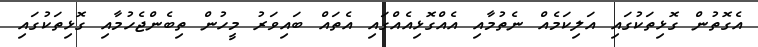
އެގޮތުން ގޮޅިތަކުގައި އަލިކަމެއް ނެތުމާއި އެއްގޮޅިއެއްގައި އެތައް ބައިވަރު މީހުން ތިބެންޖެހުމާއި ގޮޅިތަކުގައި